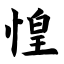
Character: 惶